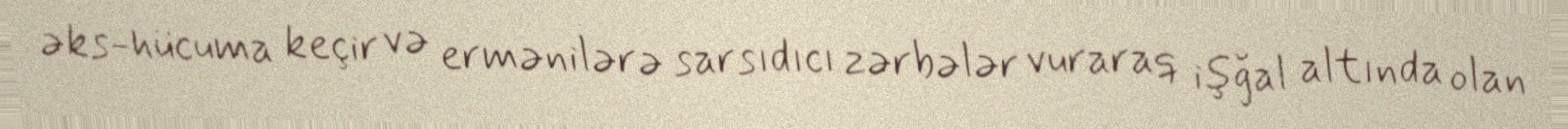
əks-hücuma keçir və ermənilərə sarsıdıcı zərbələr vuraraq işğal altında olan